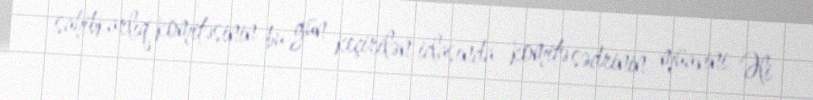
sahibkarlıq komitəsinin bu gün keçirilən iclasında komitə sədrinin müavini Əli